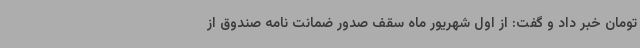
تومان خبر داد و گفت: از اول شهریور ماه سقف صدور ضمانت نامه صندوق از